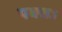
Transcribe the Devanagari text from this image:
पवसऽ